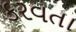
કરવતા